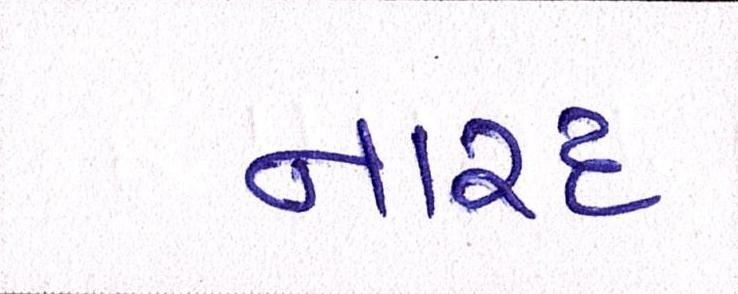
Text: નારદ